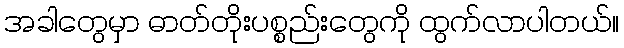
အခါတွေမှာ ဓာတ်တိုးပစ္စည်းတွေကို ထွက်လာပါတယ်။